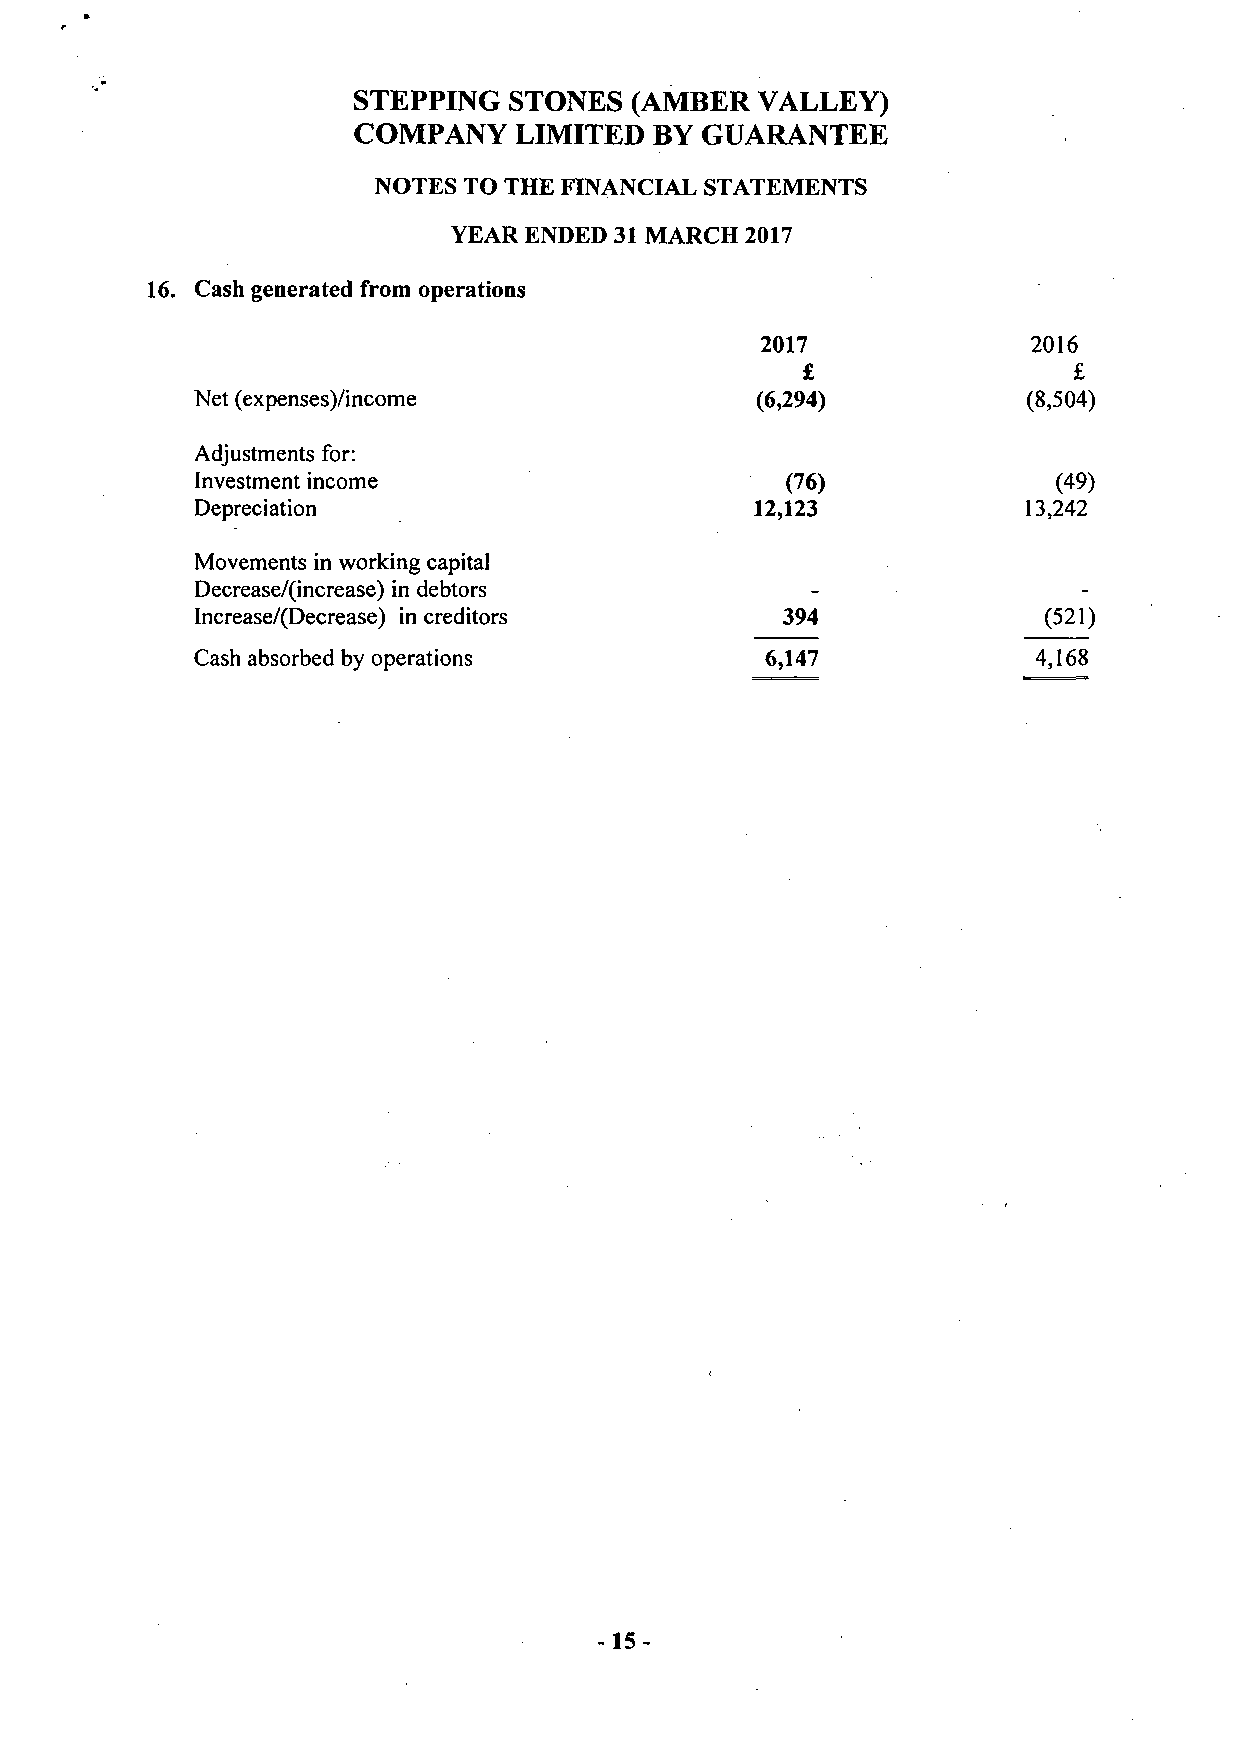
STEPPING   STONES  (AMBER  VALLEY)
 COMPANY    LIMITED  BY GUARANTEE
 NOTES TO THE FINANCIAL STATEMENTS
 YEAR ENDED 31 MARCH 2017
 16. Cash generated from operations
 2017              2016
 £                 £
 Net (expenses)/income                (6,294)           (8,504)
 Adjustments for:
 Investment income                      (76)              (49)
 Depreciation                         12,123            13,242
 Movements in working capital
 Decrease/(increase) in debtors
 Increase/(Decrease) in creditors       394              (521)
 Cash absorbed by operations           6,147             4,168
 -15-